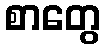
စာတွေ